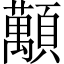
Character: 𧄴